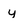
Character: y